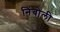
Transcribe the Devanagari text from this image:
निंबोली